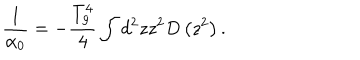
\frac { 1 } { \alpha _ { 0 } } = - \frac { T _ { g } ^ { 4 } } { 4 } \int d ^ { 2 } z z ^ { 2 } D \left( z ^ { 2 } \right) .